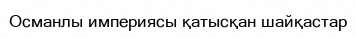
Османлы империясы қатысқан шайқастар